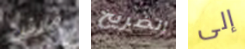
مارش الضريح إلى